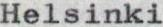
Helsinki